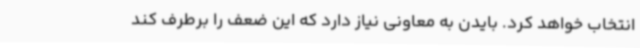
انتخاب خواهد کرد. بایدن به معاونی نیاز دارد که این ضعف را برطرف کند